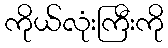
ကိုယ်လုံးကြီးကို